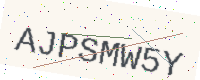
Text: AJPSMW5Y